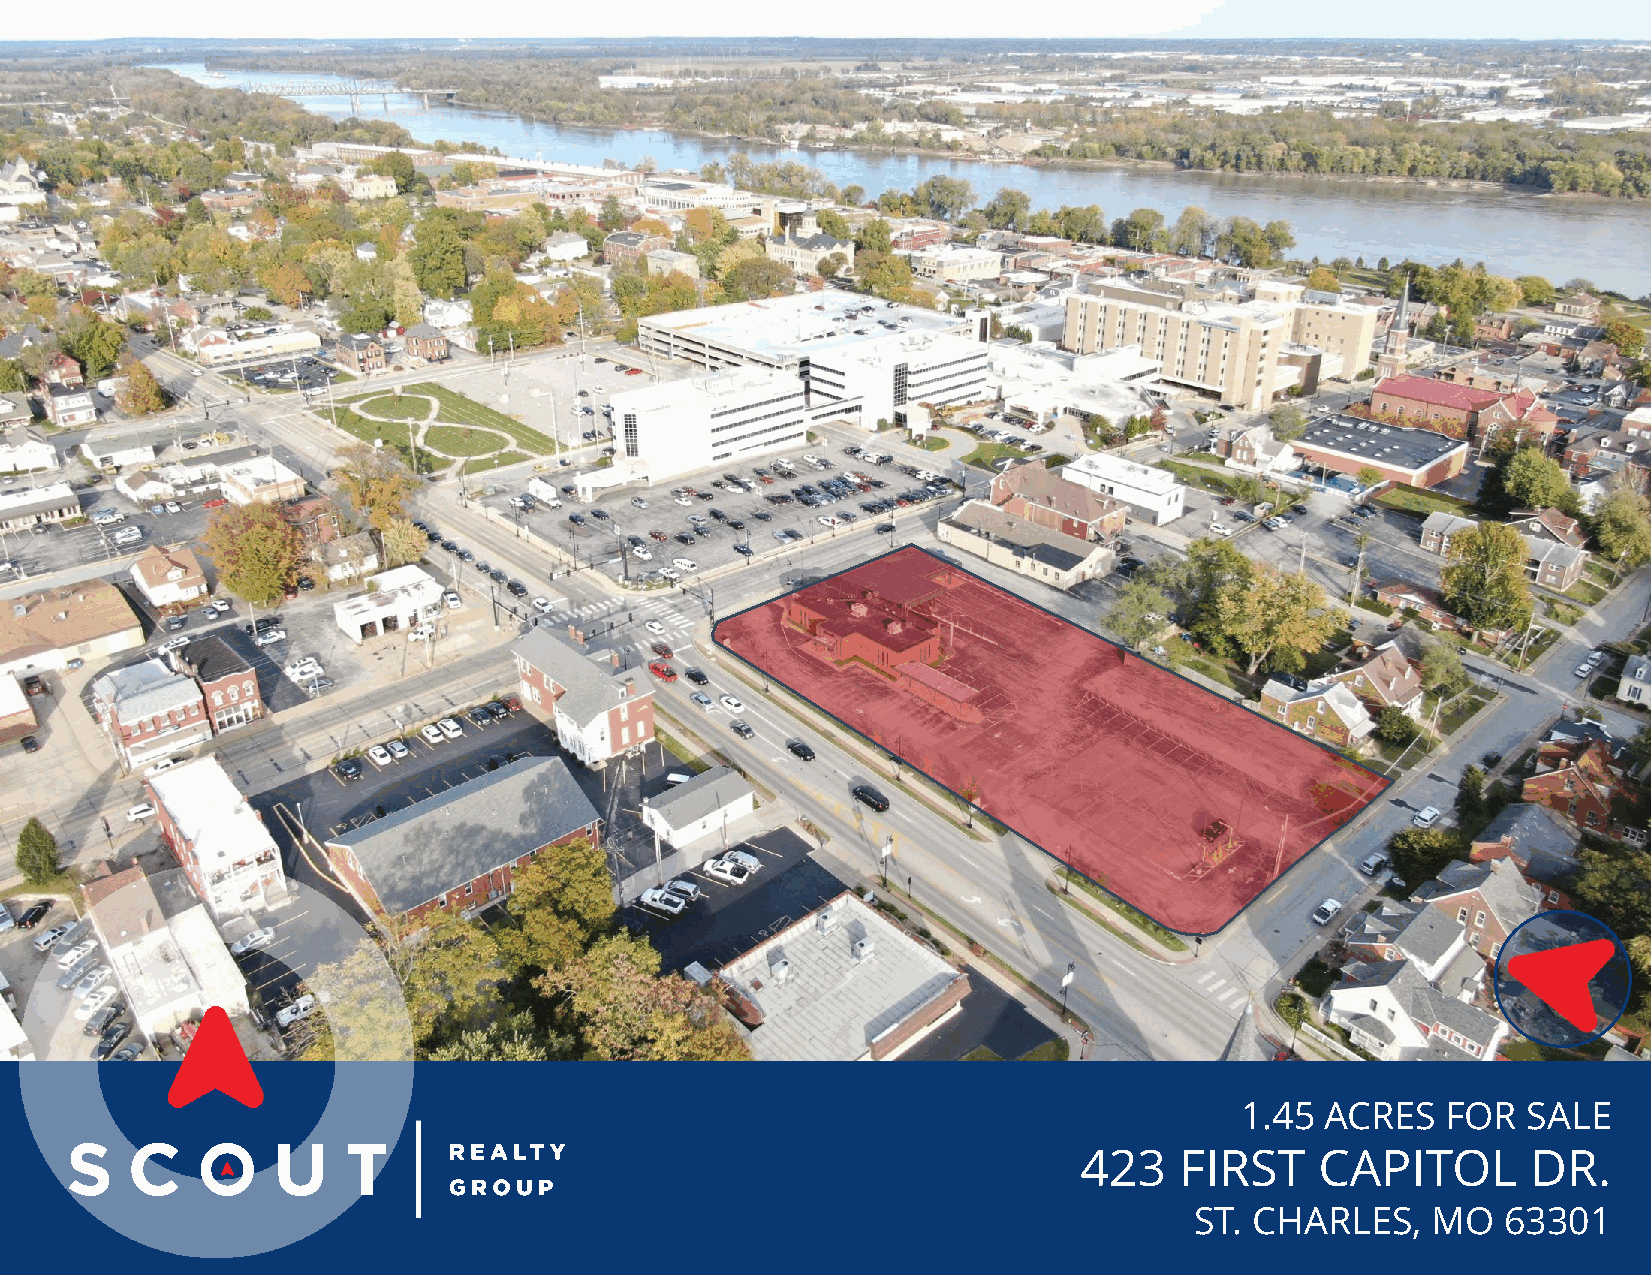
1.45  ACRES   FOR  SALE
 423    FIRST    CAPITOL       DR.
 ST. CHARLES,    MO  63301